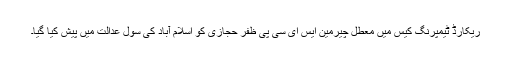
ریکارڈ ٹیمپرنگ کیس میں معطل چیرمین ایس ای سی پی ظفر حجازی کو اسلام آباد کی سول عدالت میں پیش کیا گیا۔